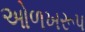
ઓળખરૂપ